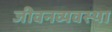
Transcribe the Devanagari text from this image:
जीवनव्यवस्था